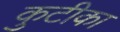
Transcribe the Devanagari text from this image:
कुटीका